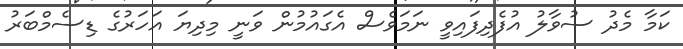
ކަމާ މެދު ސުވާލު އުފެދިފައިވީ ނަމަވެސް އެގައުމުން ވަނީ މިދިޔަ އަހަރުގެ ޑިސެމްބަރު